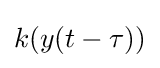
k(y(t-\tau ))